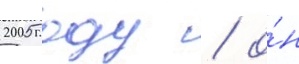
2005 году / о́н